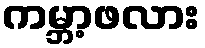
ကမ္ဘာ့ဖလား